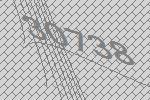
30738